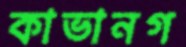
কাভানগ